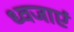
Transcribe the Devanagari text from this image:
ध्वजाएं